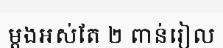
ម្តងអស់តែ ២ ពាន់រៀល